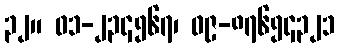
၃၂။ ၀၁-၂၃၄၅၆၇၊ ၀၉-၈၇၆၅၄၃၂၁